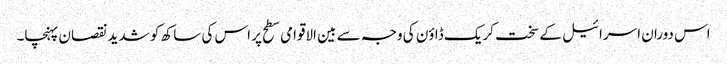
اس دوران اسرائیل کے سخت کریک ڈاؤن کی وجہ سے بین الاقوامی سطح پر اس کی ساکھ کو شدید نقصان پہنچا۔